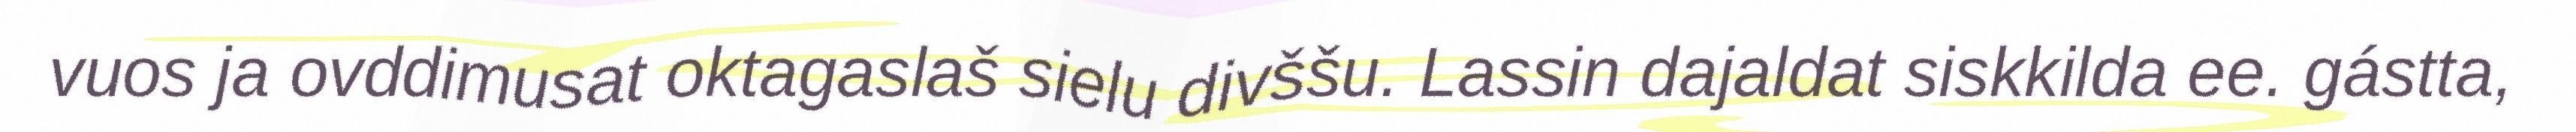
vuos ja ovddimusat oktagaslaš sielu divššu. Lassin dajaldat siskkilda ee. gástta,